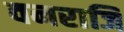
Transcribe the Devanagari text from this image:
वनराजि